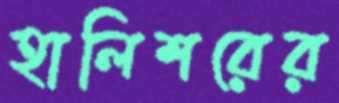
হালিশরের